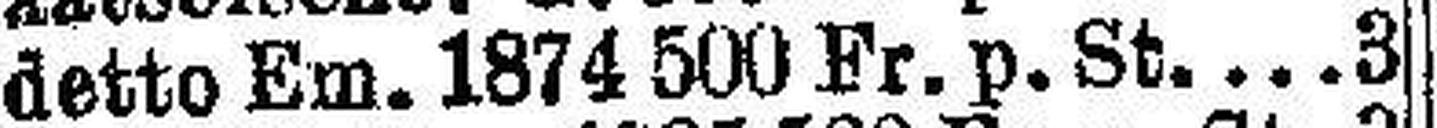
detto Em. 1874 500 Fr. p. St. 3